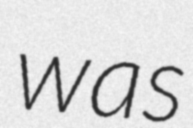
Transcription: was